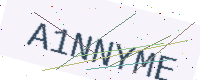
Text: A1NNYME